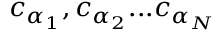
c _ { \alpha _ { 1 } } , c _ { \alpha _ { 2 } } . . . c _ { \alpha _ { N } }